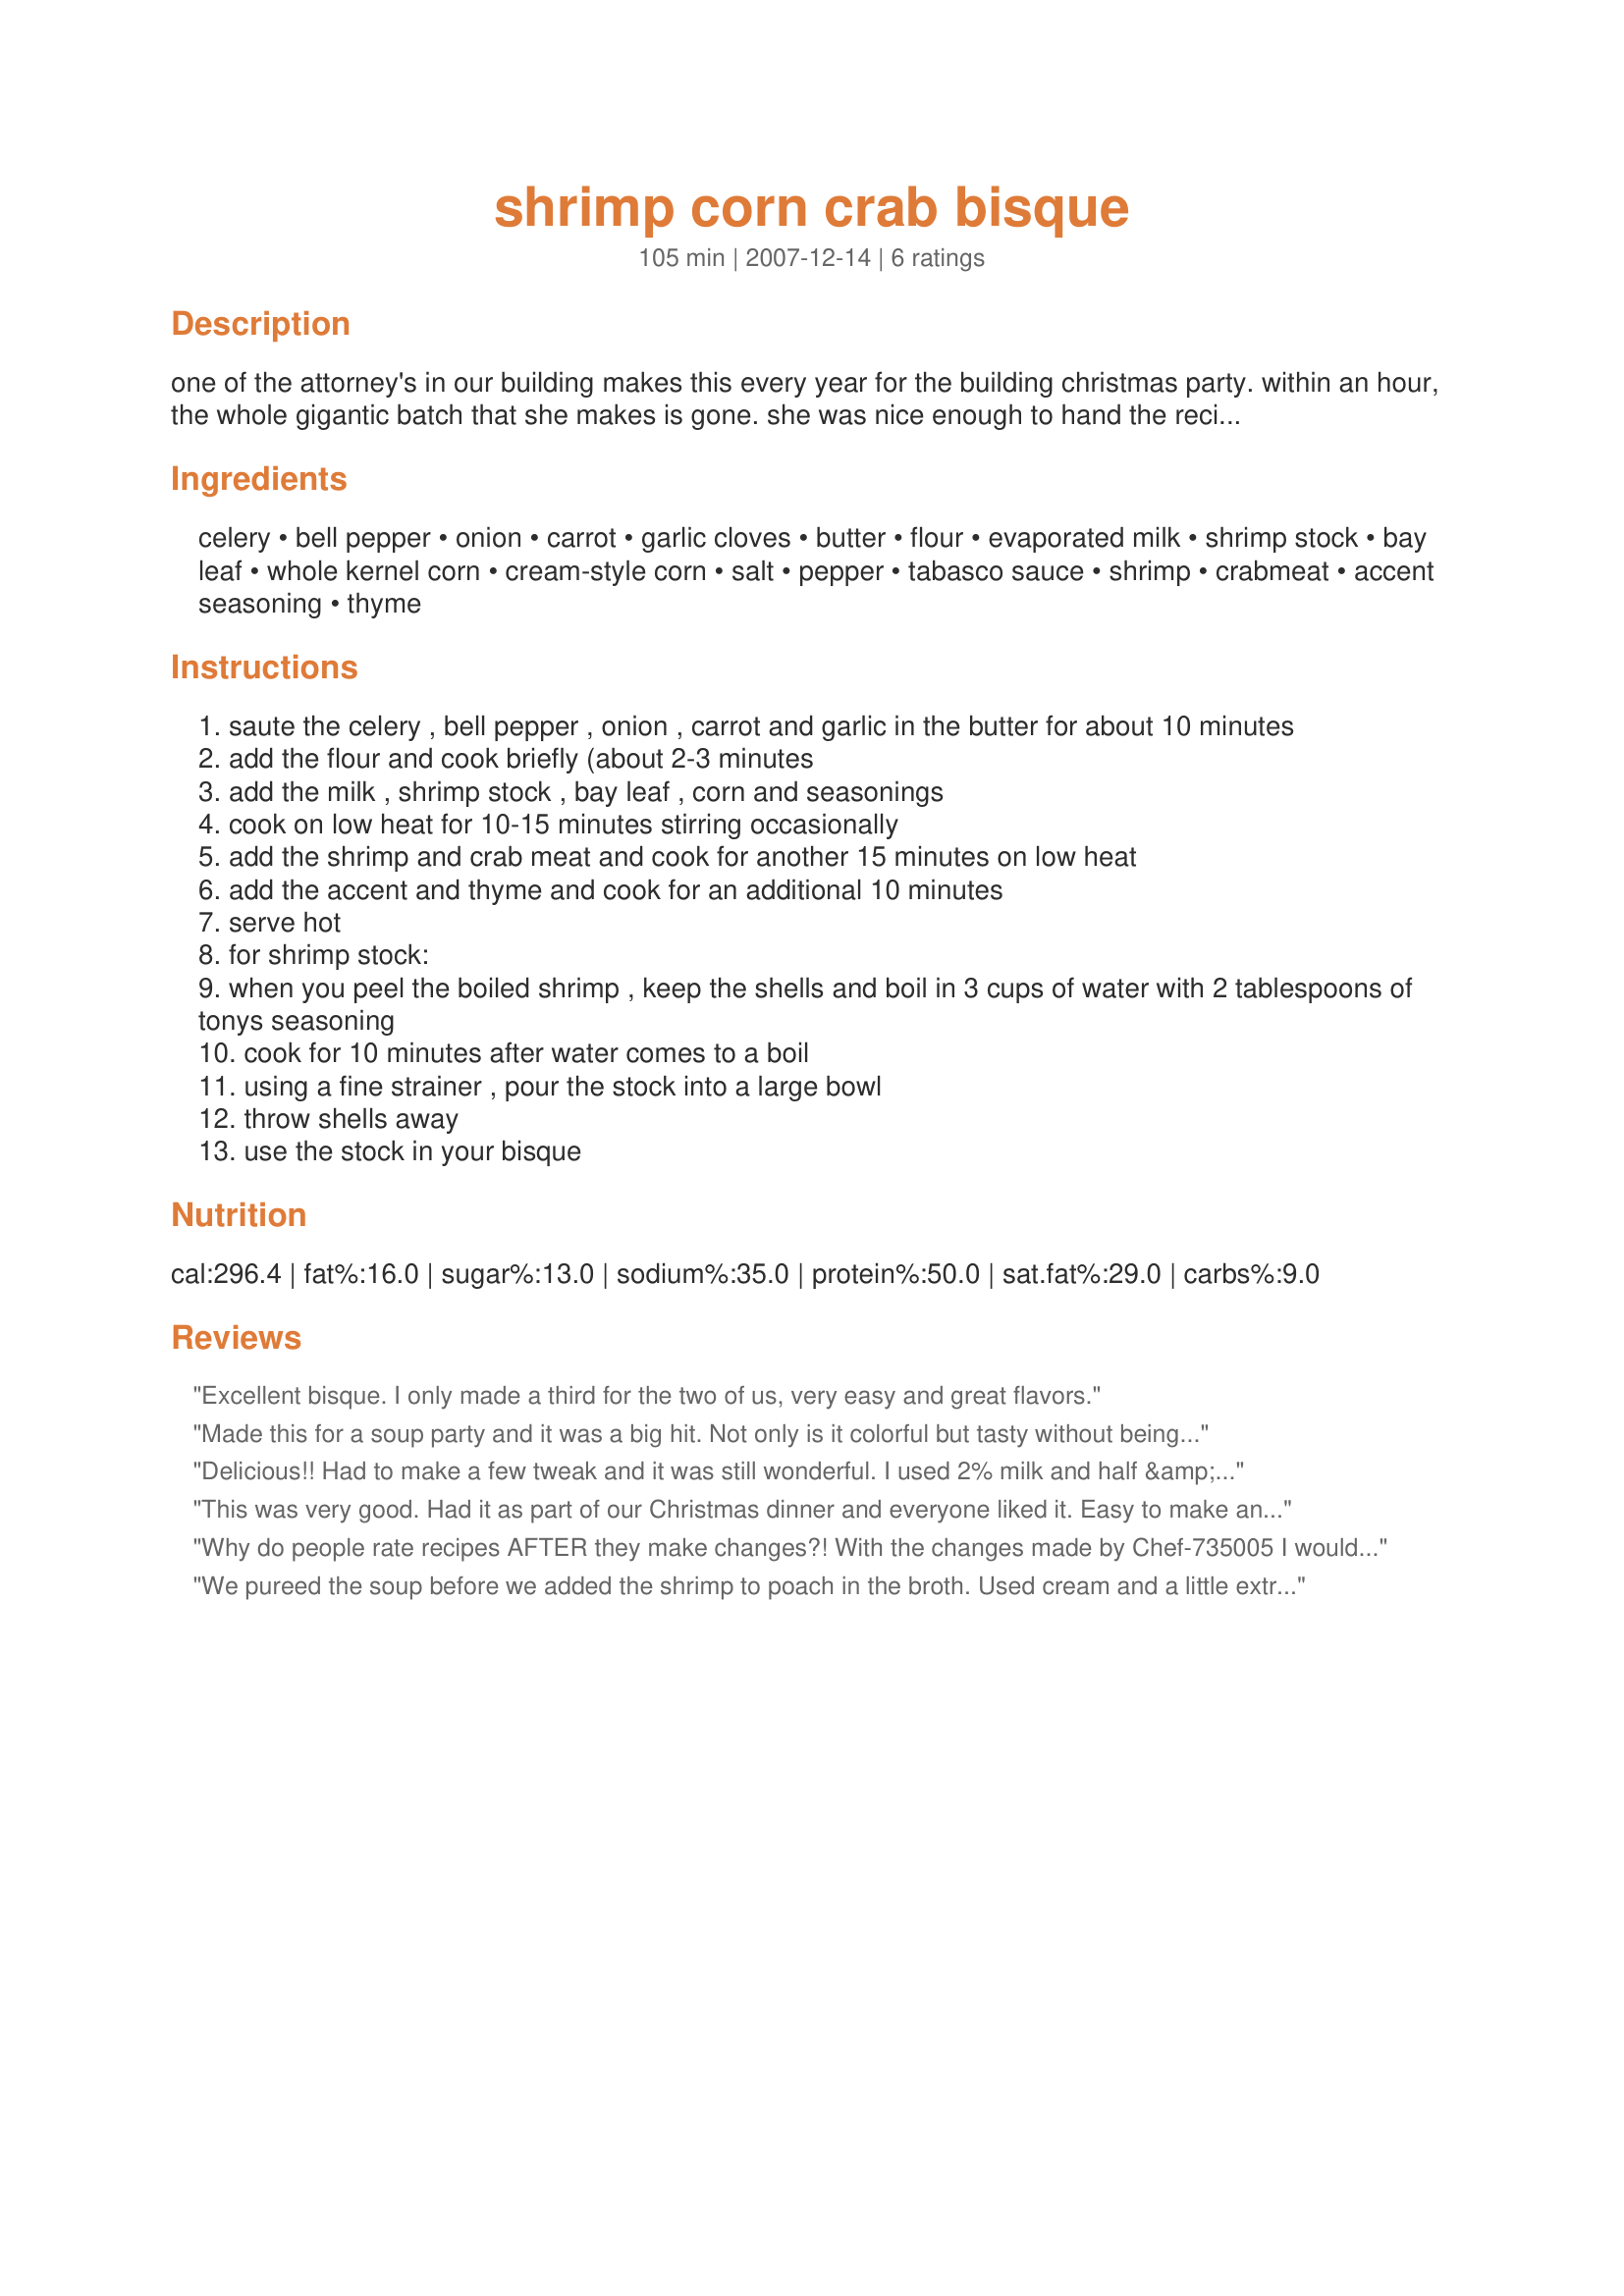
shrimp corn crab bisque
Preparation time: 105 minutes

one of the attorney's in our building makes this every year for the building christmas party. within an hour, the whole gigantic batch that she makes is gone. she was nice enough to hand the recipe out this year and i'm posting so as not to lose it.
it is the best shrimp, corn & crab bisque that i have ever eaten.
she brings it to the party in her crock pot to keep it warm.
the added flavor comes from the shrimp stock so make sure you follow that direction closely.

Ingredients:
celery, bell pepper, onion, carrot, garlic cloves, butter, flour, evaporated milk, shrimp stock, bay leaf, whole kernel corn, cream-style corn, salt, pepper, tabasco sauce, shrimp, crabmeat, accent seasoning, thyme

Steps:
saute the celery , bell pepper , onion , carrot and garlic in the butter for about 10 minutes
add the flour and cook briefly (about 2-3 minutes
add the milk , shrimp stock , bay leaf , corn and seasonings
cook on low heat for 10-15 minutes stirring occasionally
add the shrimp and crab meat and cook for another 15 minutes on low heat
add the accent and thyme and cook for an additional 10 minutes
serve hot
for shrimp stock:
when you peel the boiled shrimp , keep the shells and boil in 3 cups of water with 2 tablespoons of tonys seasoning
cook for 10 minutes after water comes to a boil
using a fine strainer , pour the stock into a large bowl
throw shells away
use the stock in your bisque

Reviews:
Excellent bisque. I only made a third for the two of us, very easy and great flavors.
Made this for a soup party and it was a big hit. Not only is it colorful but tasty without being overly fishy. Followed the recipe except for the Tabaco and Tony's seasoning. Used another seafood seasoning and frozen shrimp for the stock. Also can crab that I cooked up with a little garlic and onion first then added it all to the pot.
Delicious!! Had to make a few tweak and it was still wonderful. I used 2% milk and half &amp;half and I didn&#039;t have green peppers and my family had no complaints! Thanks for a great recipe!
This was very good. Had it as part of our Christmas dinner and everyone liked it. Easy to make and forgiving as I had to omit a few things because I forgot to get them and wasn't going to go scrambling around on Christmas day trying to find a store open. Didn't have green pepper. Substituted garlic powder for fresh. Used 1 can evaporated milk and an equal amount whole milk. Didn't have creamed corn so just used the one can of whole kernel corn that I had. Didn't boil the shrimp ahead of time. Just added them to the bisque at the end of cooking and let them cook gently for a few minutes. They turned out very tender and a pretty pink color that way. All in all it is an attractive and very flavorful soup. I don't think I missed the green pepper. Will surely make this again. I had never made shrimp stock before. What an easy way to add lots of flavor!Thanks for the recipe.
Why do people rate recipes AFTER they make changes?! With the changes made by Chef-735005 I would give the changed recipe less than 5 stars also... Make it exactly as written, Tabasco and Tony Chachere&#039;s, or it will not have the correct flavor! Don&#039;t leave anything out. It is a 5 star as original, but just before serving, we&#039;ll add 1 Tbsp. each of chopped fresh parsley and finely chopped green onions to the pot for a couple of minutes for a subtle but slightly richer fresh herb flavor. It is very much worth the extra effort. Oh, and serve it with some crusty french bread, sliced and buttered. Yes, BUTTER. MMM. Finish it off with a cup of cafe au lait and a couple hours of fine conversation.&lt;br/&gt;&lt;br/&gt;And that&#039;s how we do it on the bayou, cher!
We pureed the soup before we added the shrimp to poach in the broth. Used cream and a little extra water as that is what we had. Very good!
